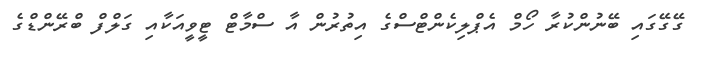
ގޭގޭގައި ބޭނުންކުރާ ހޯމް އެޕްލިކެންޓްސްގެ އިތުރުން އާ ސްމާޓް ޓީވީއަކާއި ގަލްފް ބްރޭންޑްގެ